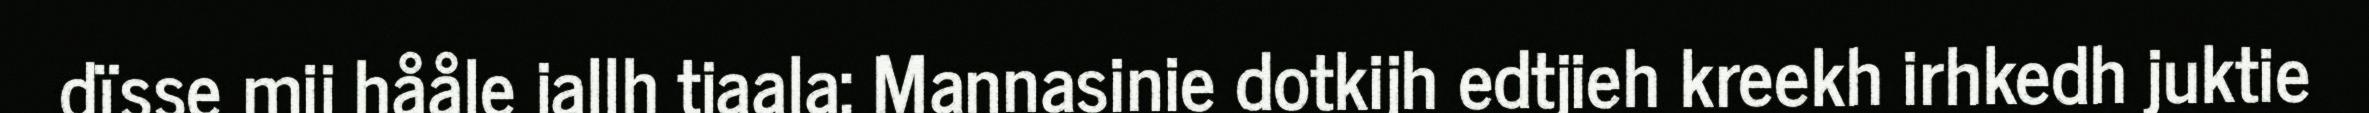
dïsse mij hååle jallh tjaala: Mannasinie dotkijh edtjieh kreekh irhkedh juktie